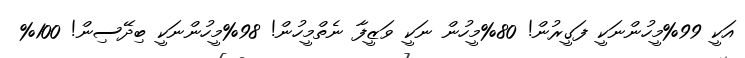
އަކީ 99%މީހުންނަކީ ފަގީރުން! 80%މީހުން ނަކީ ވަޒީފާ ނެތްމީހުން! 98%މީހުންނަކީ ބިދޭސިން! 100%